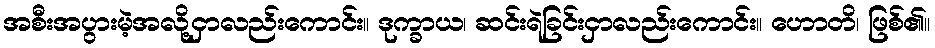
အစီးအပွားမဲ့အလို့ငှာလည်းကောင်း။ ဒုက္ခာယ၊ ဆင်းရဲခြင်းငှာလည်းကောင်း။ ဟောတိ၊ ဖြစ်၏။